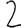
Digit: 2